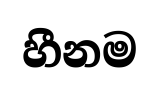
හීනම